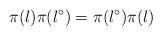
LaTeX: \begin{align*}\pi(\l)\pi(\l^\circ) = \pi(\l^\circ) \pi(\l)\end{align*}